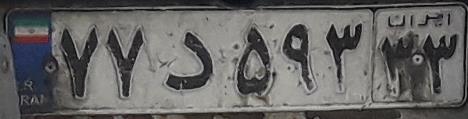
۷۷د۵۹۳۳۳